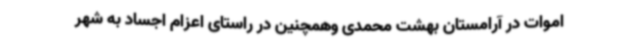
اموات در آرامستان بهشت محمدی وهمچنین در راستای اعزام اجساد به شهر